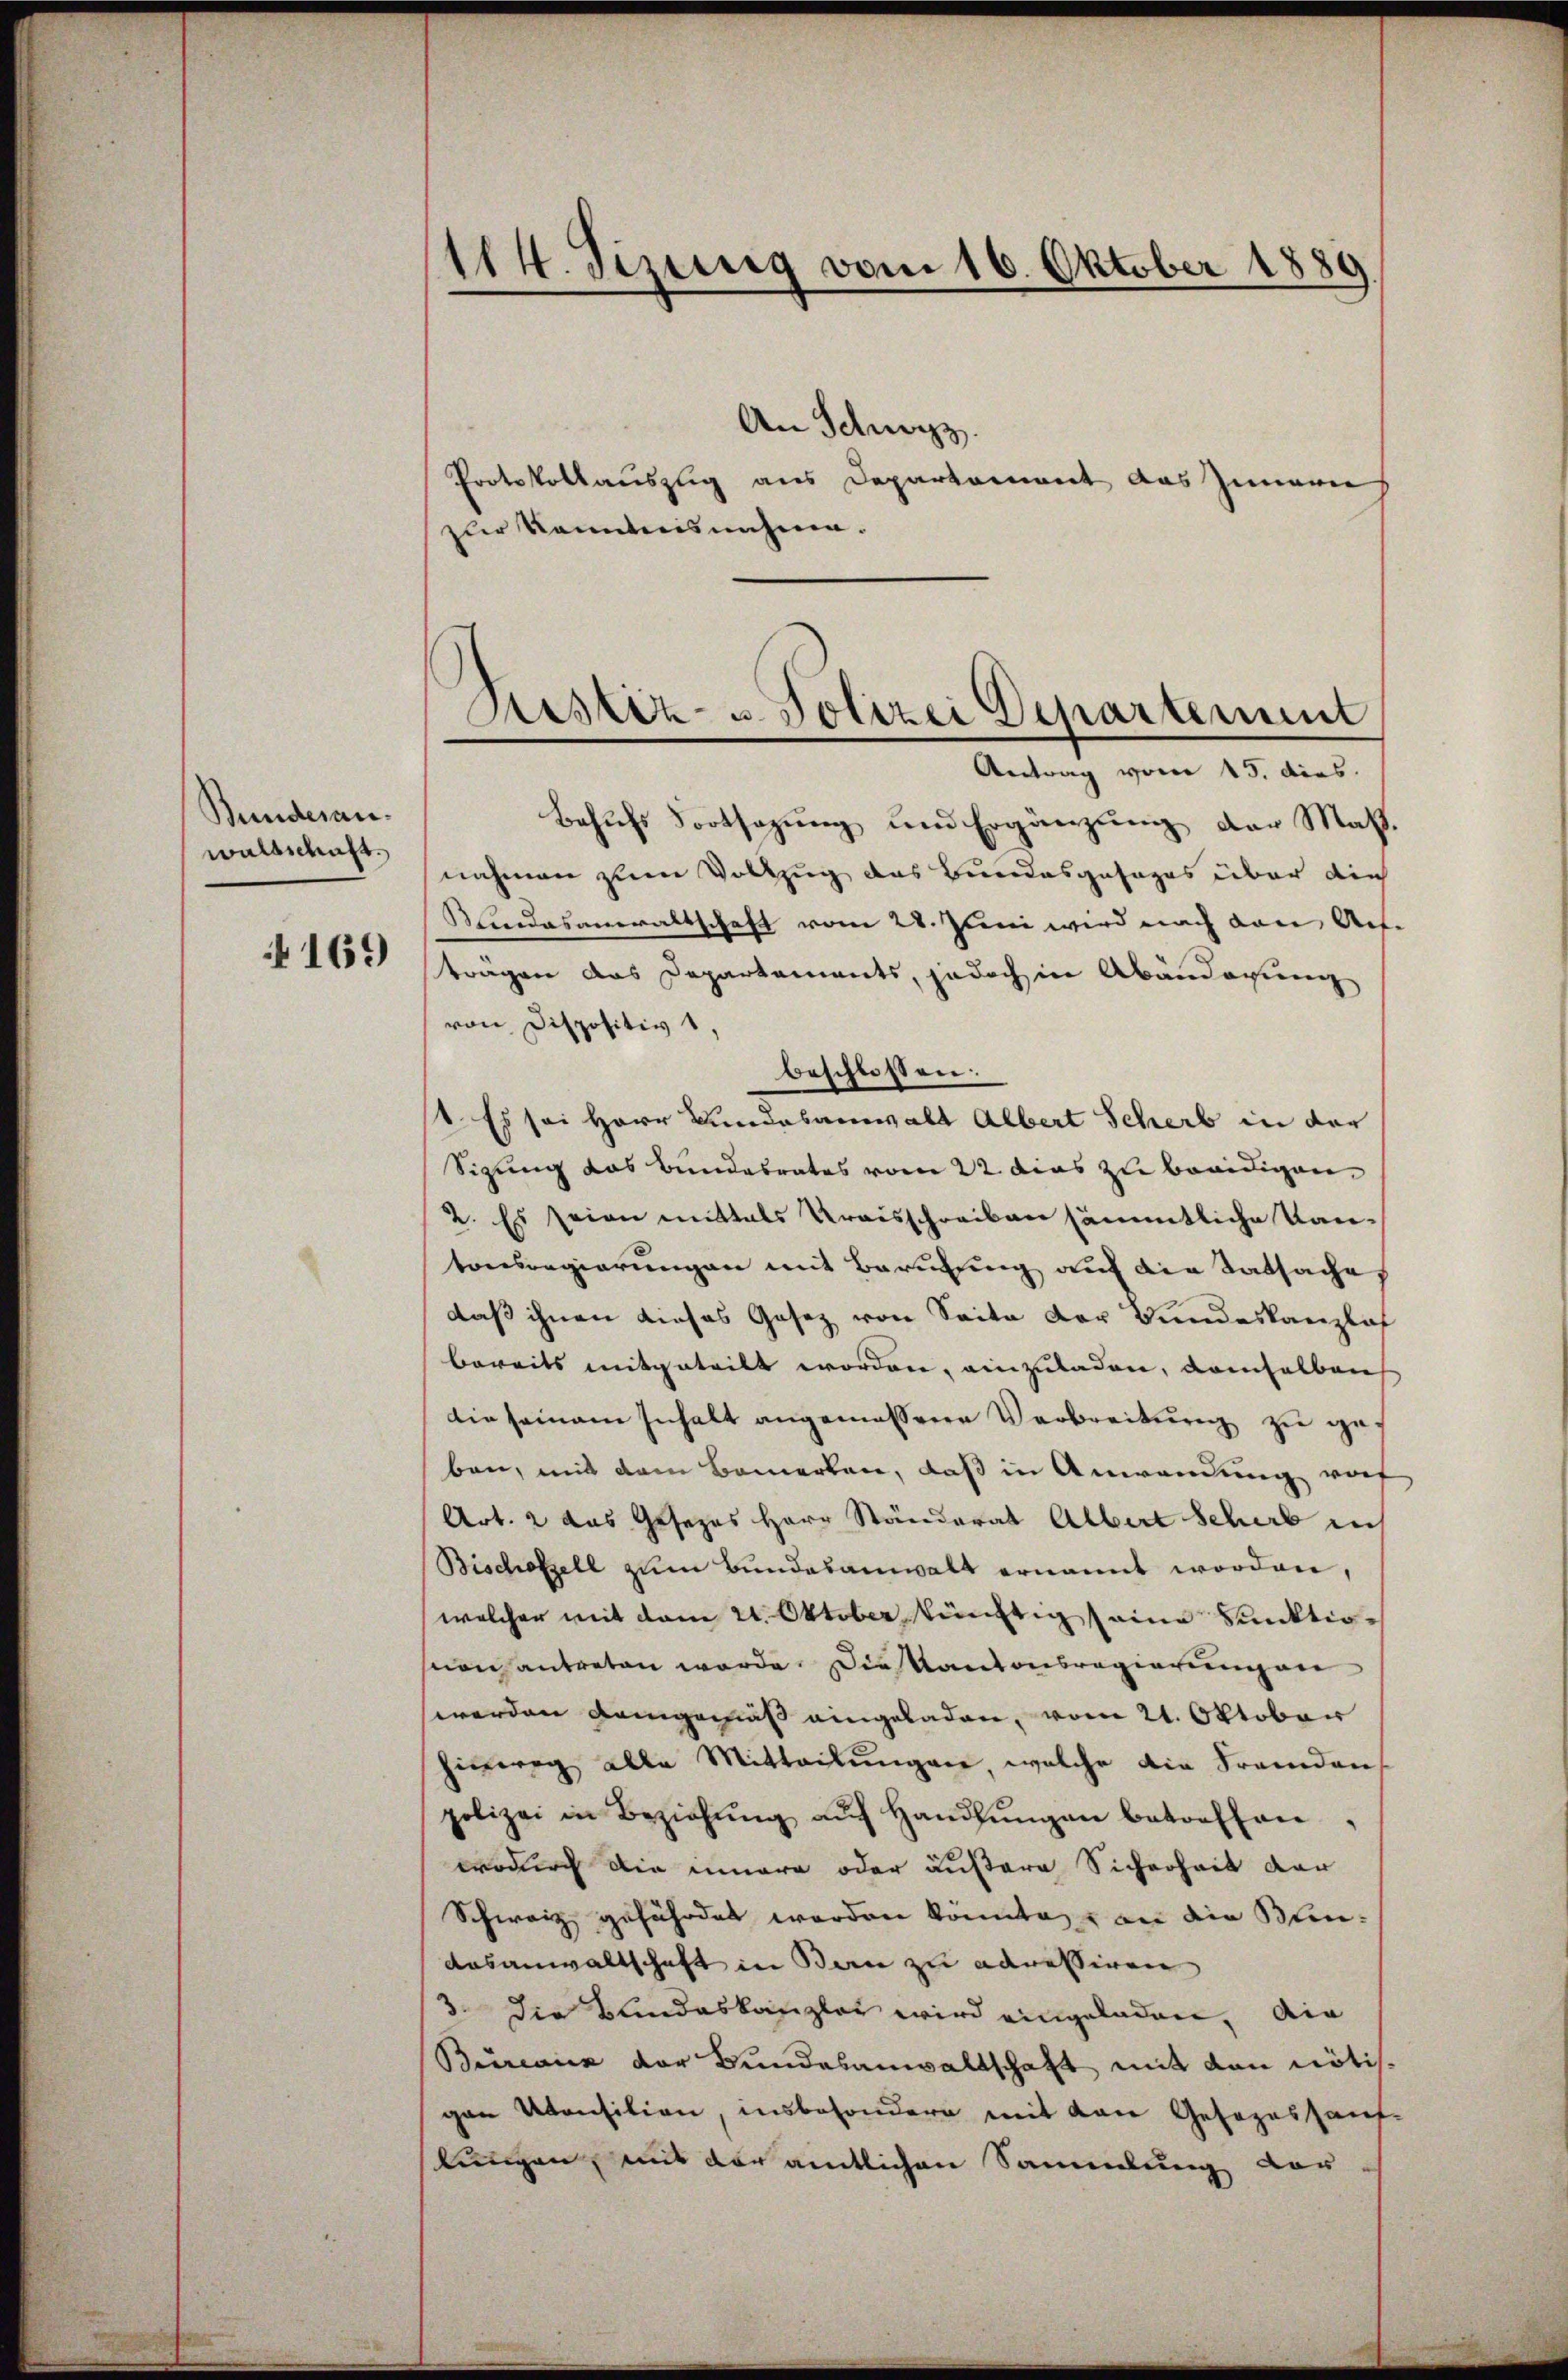
Bunderanwaltschaft.

169

114. Sizung vom 16. Oktober 1889.

An Schwyz.
Protokollauszig aus Departement das Innern
zur Kenntnisnahme.

Sistiz- u Polizei Departement
Antrag vom 15. dies

Behufs Fortsazung und Ergänzung der Maßnahmen zum Vollzug das Bundesgesages über die
Kindesanwaltschaft vom 28. Juni wird nach den Auftragen das Departements, jedoch in Abänderung
von Dispositiv 1,
beschlossen:
st. Es sei Herr Bundesanwalt Albert Scherb in der
Sigung das Bundesrates vom 22. dies zu beeidigen,
2. Es seien mittals Kraisschreiben sämmtliche Kantonsregierungen mit Berufung auf die Tatsache,
daß ihnen dieses Gesez von Seite der Bundeskanzlos
bereits mitgeteilt worden, einzuladen, demselben
die seinem Inhalt angemessene Verbreitung zu geben, mit dem Bemerken, daß in Anwendung vorf
Art. 2 das Gesetzes Herr Ständerat Albert Schert auch
Bischofzell zum Bundesanwalt ernannt worden,
welcher mit dem 21. Oktober künftig seine Funktiosion antreten werde. Diekantonsregierungen
werden Gangemäß eingeladen, vom 21. Oktober
hinweg alle Mitteilungen, welche die Fremdenpolizei in Beziehŭng aŭf Handlŭngen betreffen,
wodurch die innere oder äußere Sicherheit der
Schweiz gefährdet worden könnte, an die Blin¬
Aasanwaltschaft in Bern zu adressiren
3. Die Blindeskanzlet wird eingeladen, die
Bureaux der Bundesanwaltschaft mit den nötisgen Monsilien, insbesondere mit von Gesezessauf-
lungen, mit der amtlichen Sammlung vor